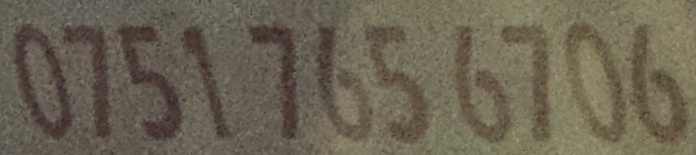
0751 765 6706